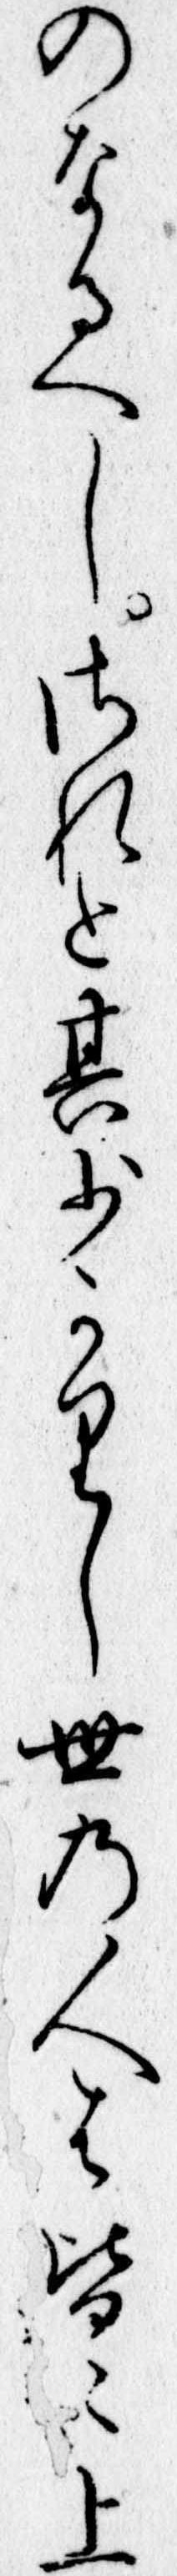
のなるへしされと其少かりし世の人は皆上